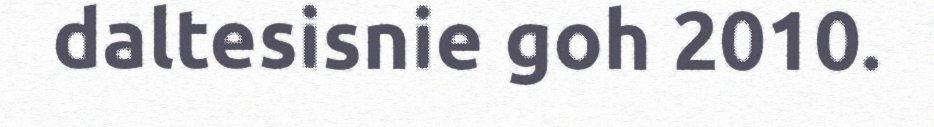
daltesisnie goh 2010.